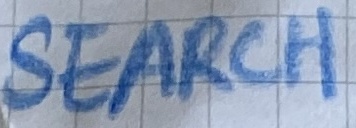
Text: SEARCH